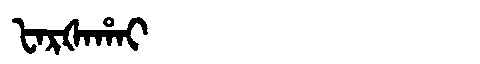
Manchu: ᡶᠠᡵᡧᠠᡥᠠᡳ
Romanization: FARŠAHAI